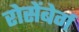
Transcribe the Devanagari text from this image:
रोसेंबेर्ग